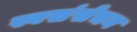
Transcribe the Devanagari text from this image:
स्वसंसेचन